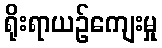
ရိုးရာယဉ်ကျေးမှု